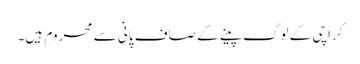
کراچی کے لوگ پینے کے صاف پانی سے محروم ہیں۔